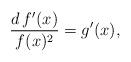
LaTeX: \begin{align*}\frac{d\,f'(x)}{f(x)^2}=g'(x),\end{align*}